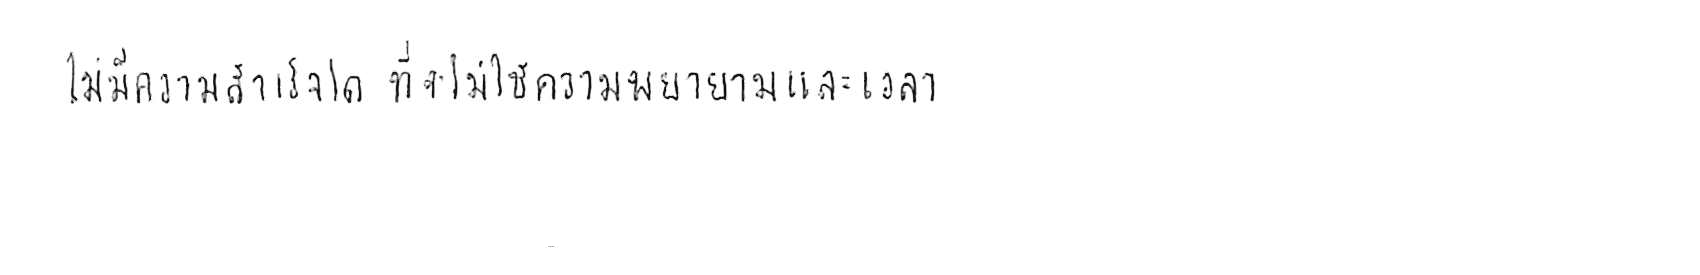
ไม่มีความสำเร็จใด ที่จะไม่ใช้ความพยายามและเวลา